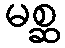
မစ္ဆ